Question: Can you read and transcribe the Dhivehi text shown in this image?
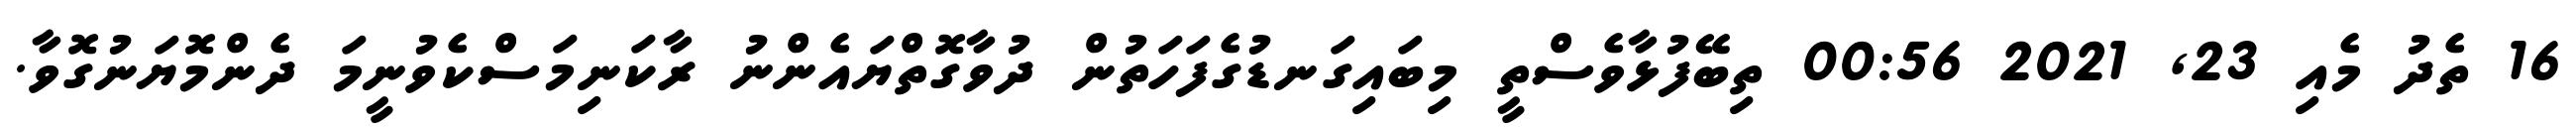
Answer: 16 ތެދު މެއި 23, 2021 00:56 ތިބޭފުޅާވެސްތީ މިބައިގަނޑުގެފަހަތުން ދުވާގޮތްޔައެންނު ރާކަނިމަސްކެވުނީމަ ދެންމޮޔަނުގޮވާ.